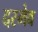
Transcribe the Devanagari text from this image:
दरमेव